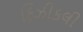
ફિઝીકલી